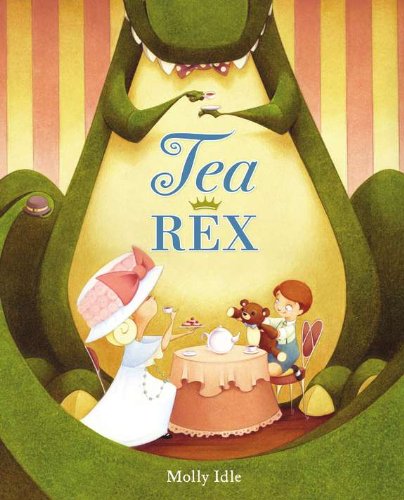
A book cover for Tea Rex; Molly Idle; Children's Books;